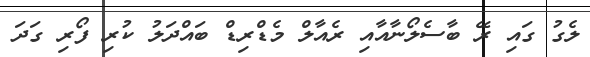
ލެގު ގައި ރޭ ބާސެލޯނާއާއި ރެއާލް މެޑްރިޑް ބައްދަލު ކުރި ފޯރި ގަދަ